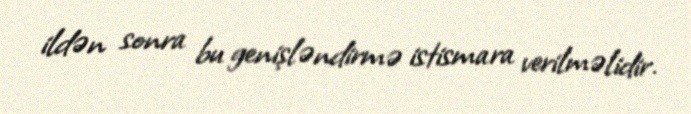
ildən sonra bu genişləndirmə istismara verilməlidir.